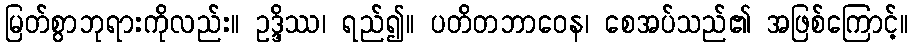
မြတ်စွာဘုရားကိုလည်း။ ဥဒ္ဒိဿ၊ ရည်၍။ ပတိတဘာဝေန၊ စေအပ်သည်၏ အဖြစ်ကြောင့်။